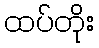
ထပ်တိုး